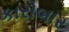
કારોબાર